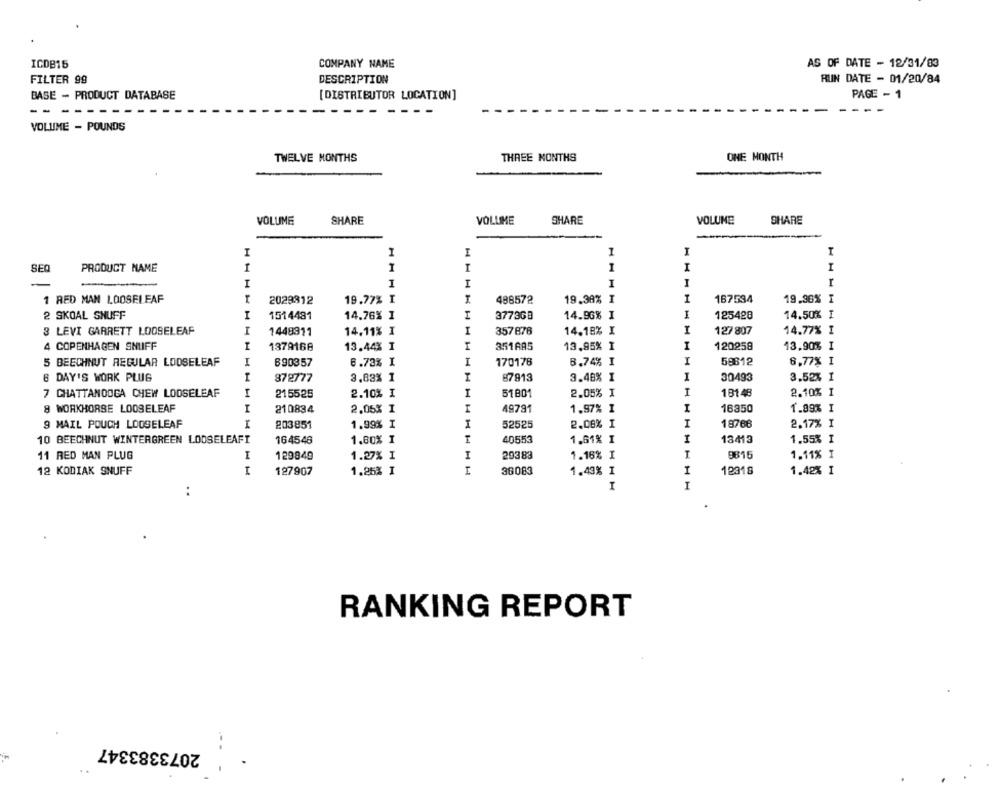
ICDB15
COMPANY NAME
AS OF DATE - 12/31/83
FILTER 99
DESCRIPTION
RUN DATE - 01/20/84
BASE - PRODUCT DATABASE
PAGE - 1
[ DISTRIBUTOR LOCATION]
--
--
VOLUME - POUNDS
TWELVE MONTHS
THREE MONTHS
ONE MONTH
VOLUME
SHARE
VOLUME
SHARE
VOLUME
SHARE
I
I
I
1
I
SEO
PRODUCT NAME
I
I
I
I
I
I
I
I
1 RED MAN LOOSELEAF
2029812
19.77% I
I
488572
19.38% I
I
167534
19.36%
2 SKOAL SNUFF
I
1514481
14.76% I
I
377968
14.96% I
I
125428
14.50% I
3 LEVI GARRETT LOOSELEAF
I
1448911
14.11% I
I
357878
14.18% X
I
127 807
14.77% I
4 COPENHAGEN SNUFF
I
1379168
13.44% I
351AA5
13.95% I
I
120258
13.90% I
5 BEECHNUT REGULAR LOOSELEAF
I
690357
6.73% I
I
170176
8.74% I
I
58812
6,77% I
6 DAY'S WORK PLUG
872777
3.83% 1
87913
3.48% I
I
30493
3.52% I
7 CHATTANOOGA CHEW LOOSELEAF
215525
2.10% I
I
51 801
2.05% I
I
181 48
2.10% I
8 WORKHORSE LOOSELEAF
I
210834
2.05% I
4979
1.97% I
I
16350
1.89% I
9 MAIL POUCH LOOSELEAF
203851
1.99% I
I
52525
2.00% I
I
18768
2.17% I
10 BEECHNUT WINTERGREEN LOOSELEAFI
164546
1.80% I
I
40553
1.61% I
I
13413
1.55% I
11 RED MAN PLUG
I
129849
1.27% I
I
29383
1.16% I
I
9815
1.11% I
12 KODIAK SNUFF
127907
1.25% I
36083
1.43% I
I
12318
1.42% I
I
I
..
RANKING REPORT
2073383347